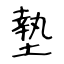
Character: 墊